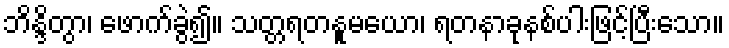
ဘိန္ဒိတွာ၊ ဖောက်ခွဲ၍။ သတ္တရတနူမယော၊ ရတနာခုနစ်ပါးဖြင့်ပြီးသော။